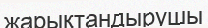
жарықтандырушы